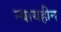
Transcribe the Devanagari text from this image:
न्यायहीन